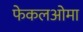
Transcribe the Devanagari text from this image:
फेकलओमा